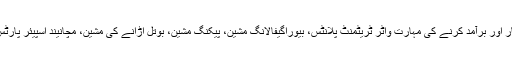
زحنگجیاگنگ بادشاہ مشین کمپنی, ل., عیسٰی مصنوعہ کار اور برآمد کرنے کی مہارت واٹر ٹریٹمنٹ پلانٹس، بیوراگیفالانگ مشین، پیکنگ مشین، بوتل اڑانے کی مشین، مچانیند اسپیئر پارٹس بھرنے سطر کے حاشیہ کے انجکشن میں براہ راست ۔